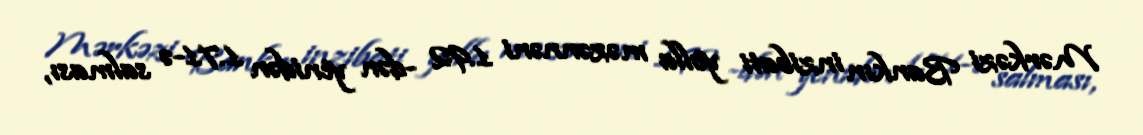
Mərkəzi Bankın inzibati yolla məzənnəni 1.92 -dən yenidən 1.71-ə salması,